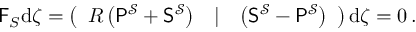
\begin{array} { r } { \mathsf { F } _ { S } \mathrm { d } \boldsymbol { \zeta } = \left( \begin{array} { l l l } { R \left( \mathsf { P } ^ { \mathcal { S } } + \mathsf { S } ^ { \mathcal { S } } \right) } & { | } & { \left( \mathsf { S } ^ { \mathcal { S } } - \mathsf { P } ^ { \mathcal { S } } \right) } \end{array} \right) \mathrm { d } \boldsymbol { \zeta } = 0 \, . } \end{array}